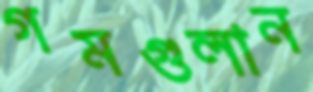
গমগুলান